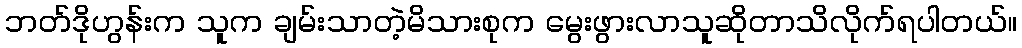
ဘတ်ဒိုဟွန်းက သူက ချမ်းသာတဲ့မိသားစုက မွေးဖွားလာသူဆိုတာသိလိုက်ရပါတယ်။